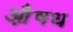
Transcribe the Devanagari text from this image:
औ़षध